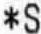
*S